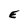
Character: E